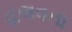
હલવતા